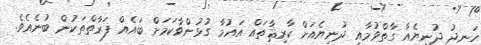
ހަނދު ދުނިޔެއާ ގާތްވުމާއި ދުނިޔެއަށް ކާރިޘާތައް އައުމާ ގުޅުންވާކަމަށް ބައެއް ފަރާތްތަކުން ބުނެއެވެ.